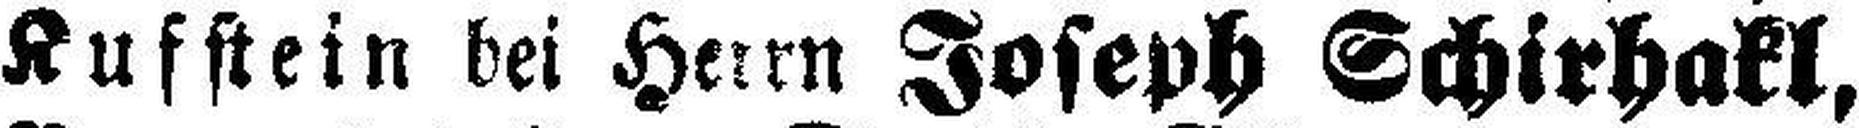
Kufstein bei Herrn Joseph Schirhakl,